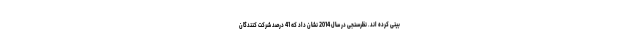
بینی کرده اند. نظرسنجی در سال 2014 نشان داد که 41 درصد شرکت کنندگان